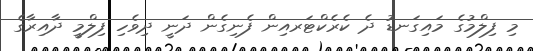
މި ފިލްމުގެ މައިގަނޑު ދެ ކެރެކްޓަރއިން ފެނިގެން ދަނީ ދިވެހި ފިލްމީ ދާއިރާގެ